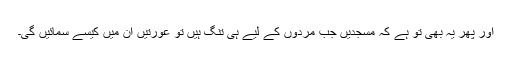
اور پھر یہ بھی تو ہے کہ مسجدیں جب مردوں کے لیے ہی تنگ ہیں تو عورتیں ان میں کیسے سمائیں گی۔